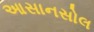
આસાનસોલ